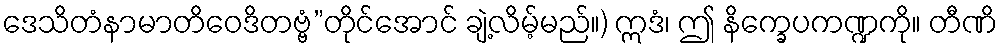
ဒေသိတံနာမာတိဝေဒိတဗ္ဗံ”တိုင်အောင် ချဲ့လိမ့်မည်။) ဣဒံ၊ ဤ နိက္ခေပကဏ္ဍကို။ တီဏိ